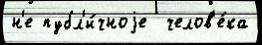
н'е публ'и́чноjе  челов'е́ка